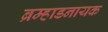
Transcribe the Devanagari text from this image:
ब्रम्हाडनायक